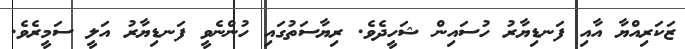
ޒަކަރިއްޔާ އާއި ފަނޑިޔާރު ހުސައިން ޝަހީދެވެ. ރިޔާސަތުގައި ހުންނެވީ ފަނޑިޔާރު އަލީ ސަމީރެވެ.